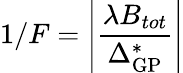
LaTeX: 1/F=\left|\frac{\lambda B_{tot}}{\Delta_{\mathrm{GP}}^{*}}\right|